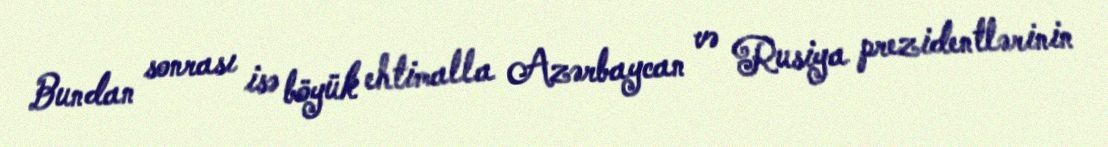
Bundan sonrası isə böyük ehtimalla Azərbaycan və Rusiya prezidentlərinin